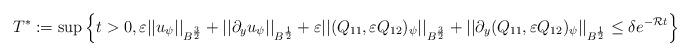
LaTeX: \begin{align*}T^*:=\mbox{sup}\left\{t>0, \varepsilon ||u_\psi||_{B^\frac 32}+||\partial_yu_\psi||_{B^\frac 12}+ \varepsilon ||(Q_{11}, \varepsilon Q_{12})_\psi||_{B^\frac 32}+||\partial_y (Q_{11}, \varepsilon Q_{12})_\psi||_{B^\frac 12}\le \delta e^{-\mathcal R t}\right\}\end{align*}